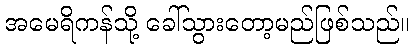
အမေရိကန်သို့ ခေါ်သွားတော့မည်ဖြစ်သည်။